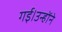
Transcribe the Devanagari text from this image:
गई।उन्होंने